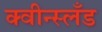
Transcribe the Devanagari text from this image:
क्वीन्स्लँड